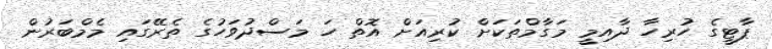
ޕާޓީގެ ހުރިހާ ދާއިމީ މަގާމްތަކަށް ކުރިއަށް އޮތް ހަ މަސްދުވަހުގެ ތެރޭގައި މެމްބަރުން